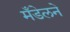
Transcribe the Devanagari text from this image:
मँडेलने